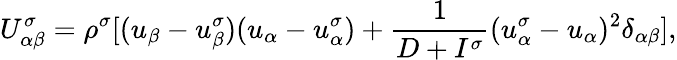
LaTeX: U_{\alpha\beta}^{\sigma}=\rho^{\sigma}[(u_{\beta}-u_{\beta}^{\sigma})(u_{\alpha}-u_{\alpha}^{\sigma})+\frac{1}{D+I^{\sigma}}(u_{\alpha}^{\sigma}-u_{\alpha})^{2}\delta_{\alpha\beta}],